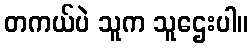
တကယ်ပဲ သူက သူဌေးပါ။